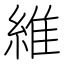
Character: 維